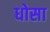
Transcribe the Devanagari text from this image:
धोसा